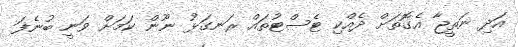
އަދި ނަތީޖާ އެގޮތަށް ދެއްކި ޓެސްޓުތައް ރަނގަޅު ނޫން ކަމަށް ވަނީ ބުނެފަ